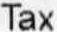
TAX